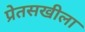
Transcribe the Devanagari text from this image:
प्रेतसखीला